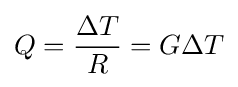
Q={\frac {\Delta T}{R}}=G\Delta T